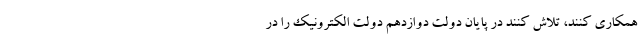
همکاری کنند، تلاش کنند در پایان دولت دوازدهم دولت الکترونیک را در